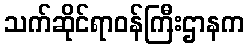
သက်ဆိုင်ရာဝန်ကြီးဌာနက